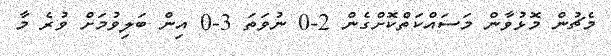
މެޗުން މޮޅުވާން މަސައްކަތްކޮށްގެން 2-0 ނުވަތަ 3-0 އިން ބަލިވުމަށް ވުރެ މާ